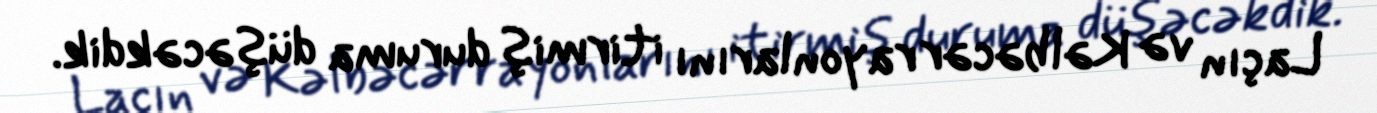
Laçın və Kəlbəcər rayonlarını itirmiş duruma düşəcəkdik.